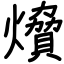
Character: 燲